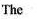
The